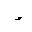
Letter: _hamza